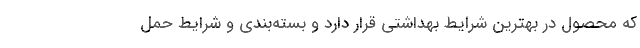
که محصول در بهترین شرایط بهداشتی قرار دارد و بسته‌بندی و شرایط حمل